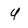
Character: U